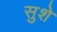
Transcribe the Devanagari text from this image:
सुशे